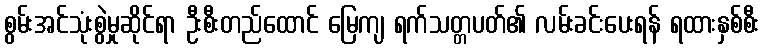
စွမ်းအင်သုံးစွဲမှုဆိုင်ရာ ဦးစီးတည်ထောင် မြေကျ ရက်သတ္တပတ်၏ လမ်းခင်းပေးရန် ရထားနှစ်စီး